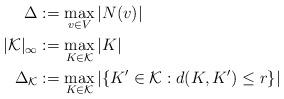
LaTeX: \begin{align*} \Delta &:= \max_{v\in V} |N(v)| \\|\mathcal{K}|_\infty &:= \max_{K\in\mathcal{K}} |K| \\\Delta_\mathcal{K} &:= \max_{K\in\mathcal{K}} |\{K'\in\mathcal{K}:d(K,K')\le r\}|\end{align*}